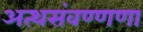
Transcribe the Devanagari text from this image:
अत्थसंवण्णणा